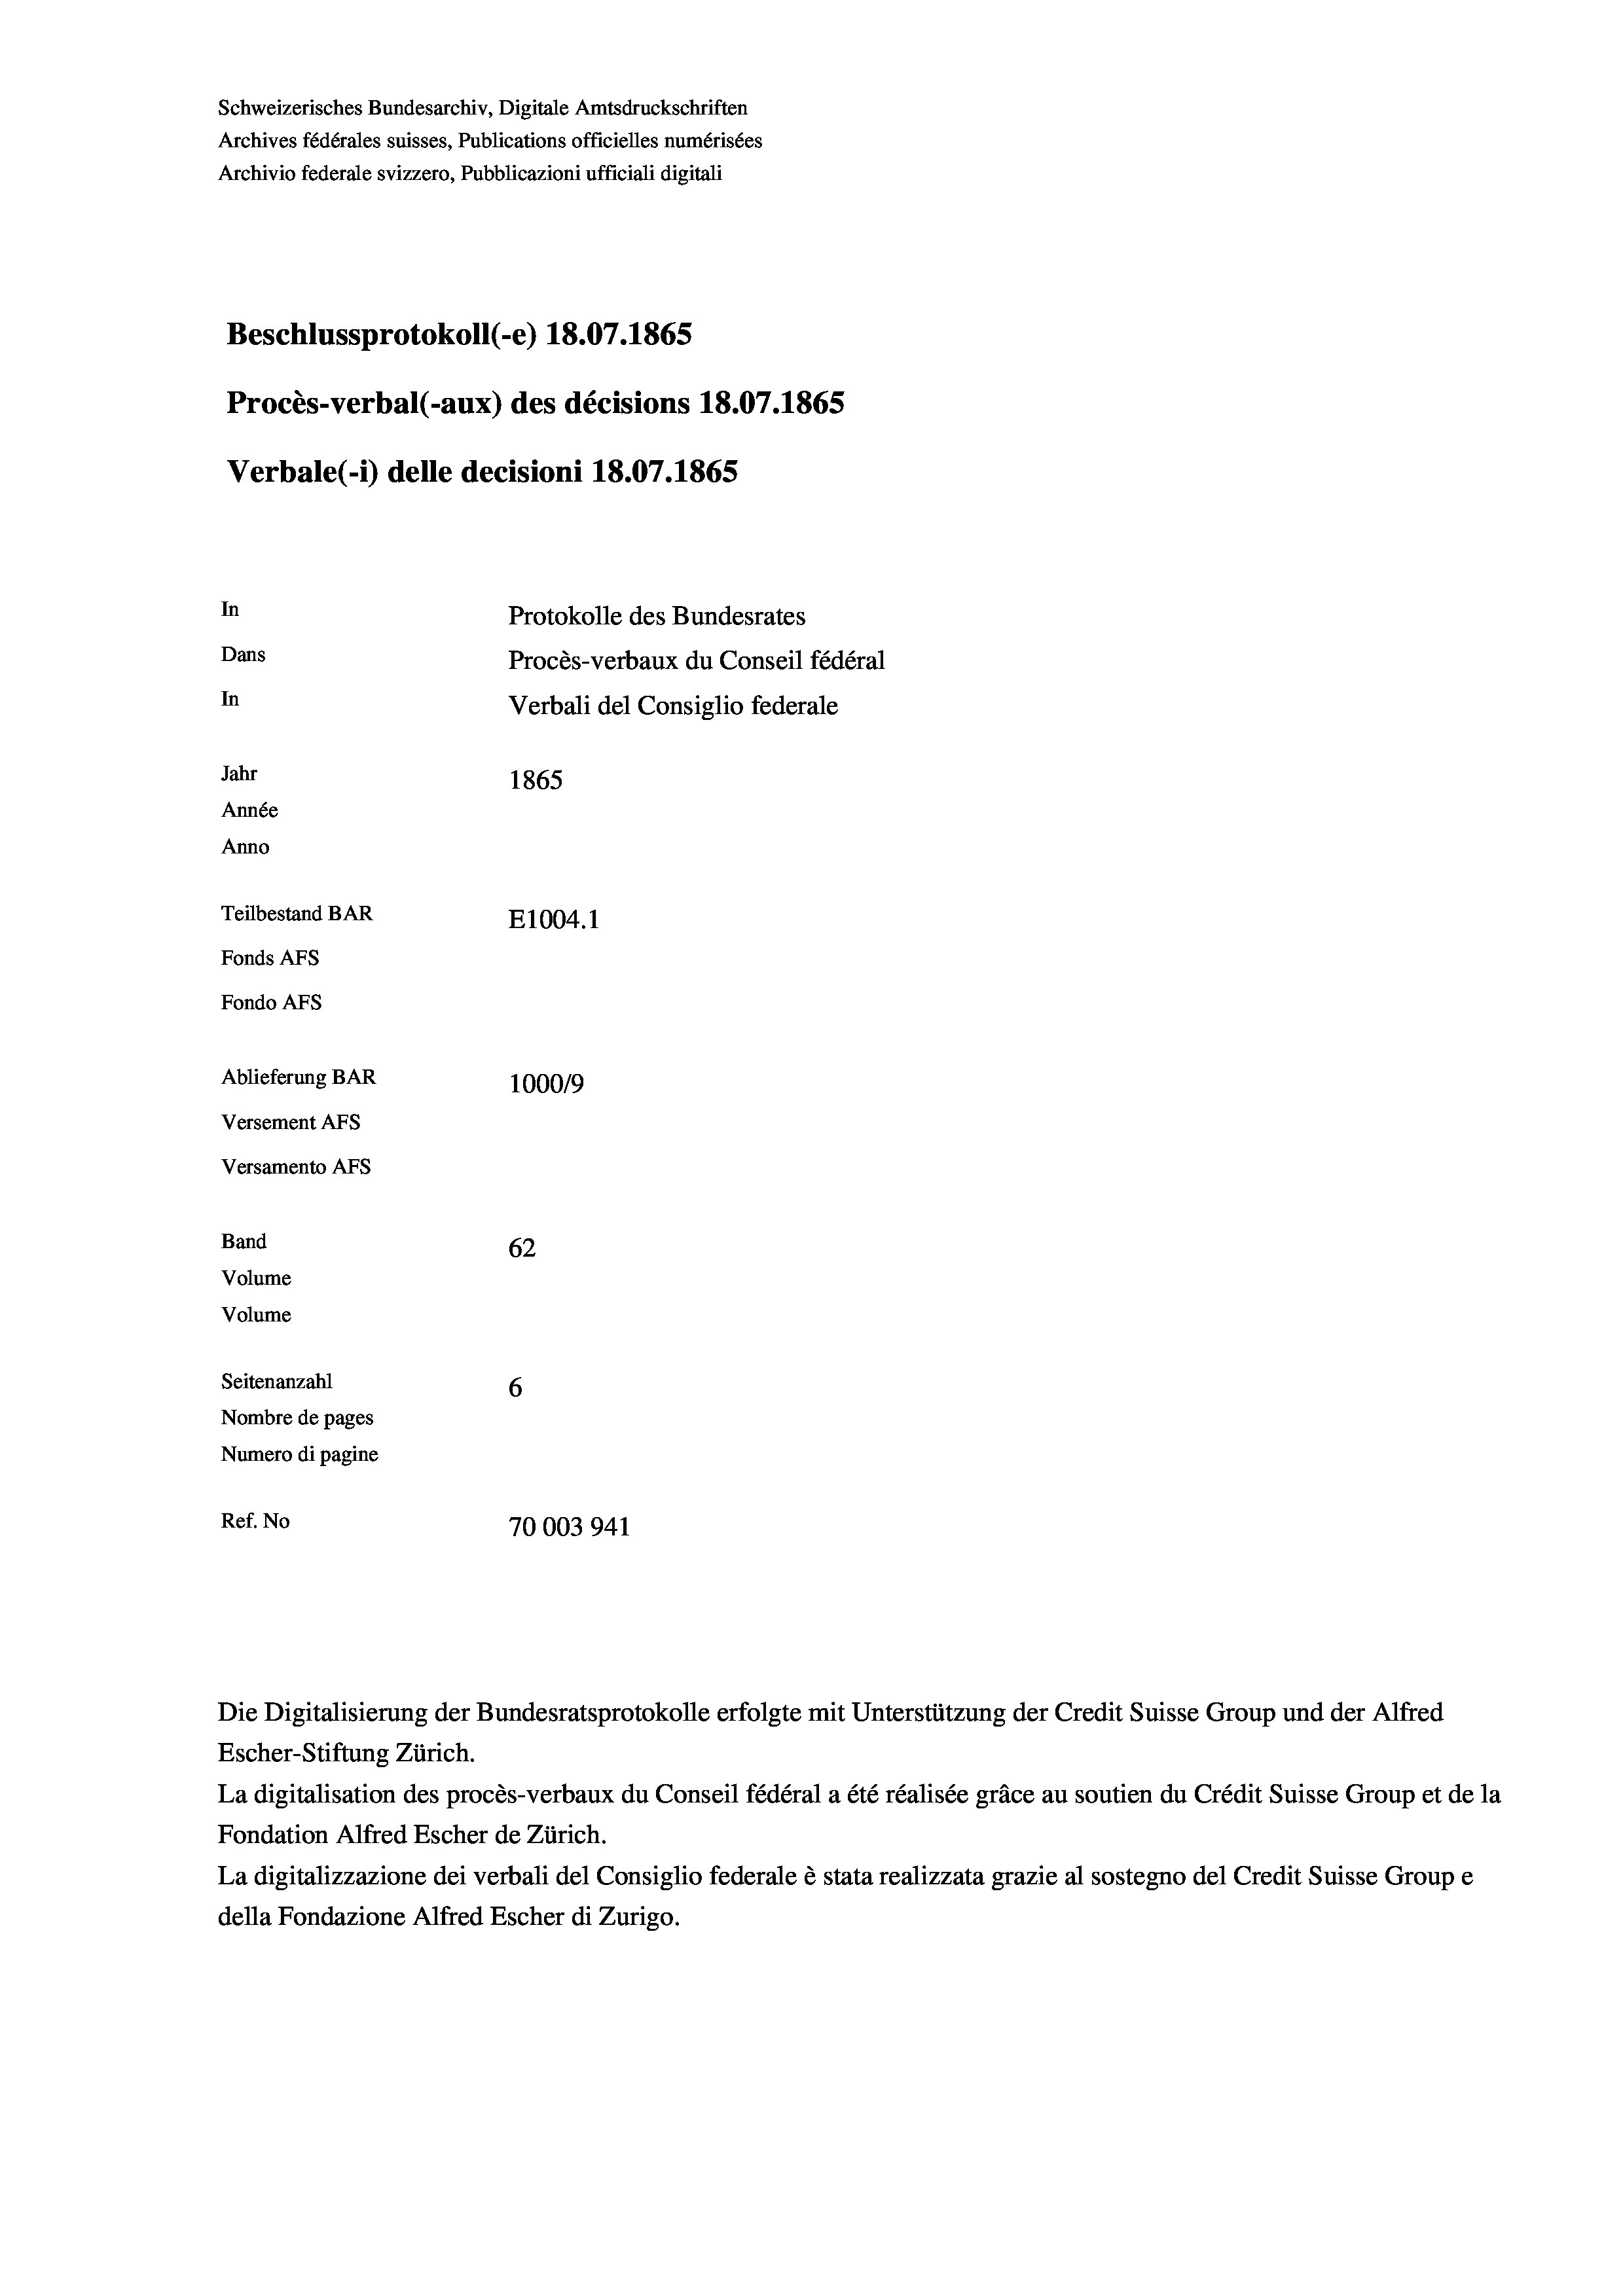
Schweizerisches Bundesarchiv, Digitale Amtsdruckschriften
Archives fédérales suisses, Publications officielles numérisées
Archivio federale svizzero, Pubblicazioni ufficiali digitali
Beschlussprotokoll (-e) 18.07. 1865
Procès-verbal (-aux) des décisions 18.07.1865
Verbale (1) delle decisioni 18.07. 1865

In
Protokolle des Bundesrates
Dans
In
Jahr
1865
Année
Anno
Teilbestand BAR
E1004.1
Fonds Afs
Fondo AFs
Ablieferung BAR
1000/9
Versement Abs

Versamento Afs
Band
Volume
Volume
Seitenanzahl
Nombre de pages
Numero di pagine

62
6

Ref. No
70003941

Verbali del Consiglio federale

Procès-verbaux du Conseil fédéral

Die Digitalisierung der Bundesratsprotokolle erfolgte mit Unterstützung der Credit Suisse Group und der Alfred
Escher-Stiftung Zürich.
La digitalisation des procès-verbaux du Conseil fédéral a été réalisée gräce au soutien du Crédit Suisse Group et de la
Fondation Alfred Escher de Zürich.
La digitalizzazione dei verbali del Consiglio federale è stata realizzata grazie al sostegno del Credit Suisse Groupe
della Fondazione Alfred Escher di Zurigo.